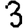
Digit: 3